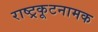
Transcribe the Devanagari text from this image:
राष्ट्रकूटनामक